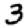
Digit: 3